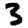
Digit: 3